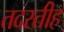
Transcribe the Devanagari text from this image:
तदस्तीह